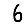
Digit: 6